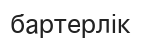
бартерлік